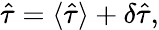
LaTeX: \hat{\tau}=\langle\hat{\tau}\rangle+\delta\hat{\tau},